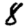
Digit: 8